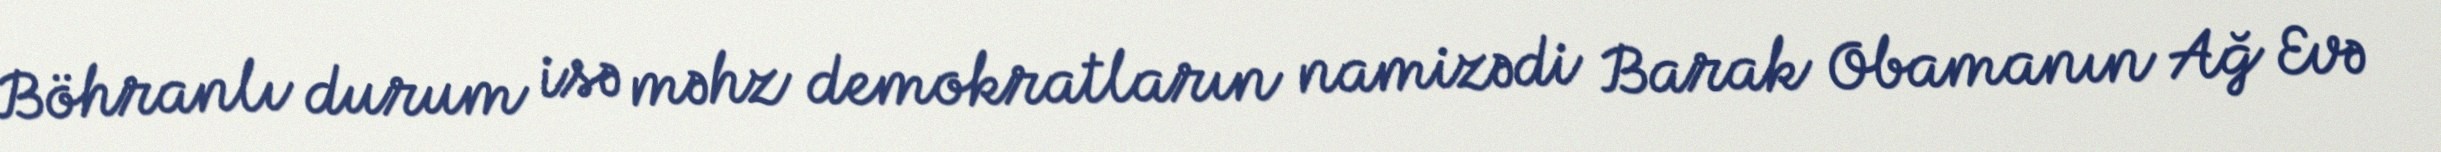
Böhranlı durum isə məhz demokratların namizədi Barak Obamanın Ağ Evə